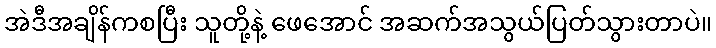
အဲဒီအချိန်ကစပြီး သူတို့နဲ့ ဖေအောင် အဆက်အသွယ်ပြတ်သွားတာပဲ။